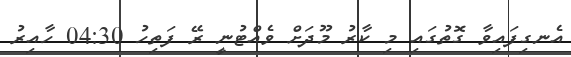
އެނގިފައިވާ ގޮތުގައި މި ކާރު މޫދަށް ވެއްޓުނީ ރޭ ފަތިހު 04:30 ހާއިރު